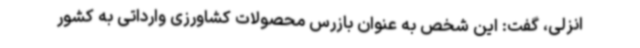
انزلی، گفت: این شخص به عنوان بازرس محصولات کشاورزی وارداتی به کشور